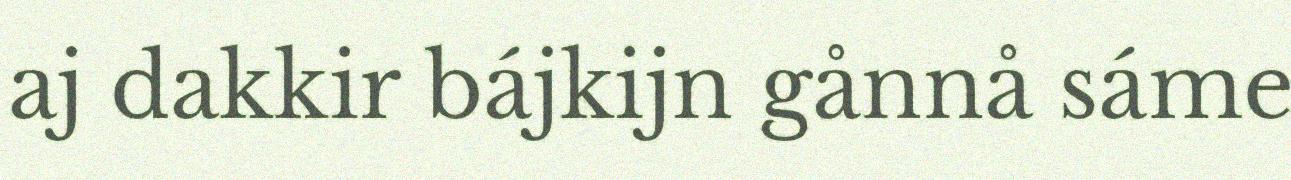
aj dakkir bájkijn gånnå sáme